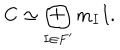
C \simeq \bigoplus _ { I \in F ^ { \prime } } m _ { I } I .